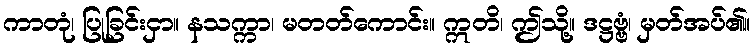
ကာတုံ၊ ပြုခြင်းငှာ။ နသက္ကာ၊ မတတ်ကောင်း။ ဣတိ၊ ဤသို့။ ဒဋ္ဌဗ္ဗံ၊ မှတ်အပ်၏။